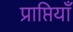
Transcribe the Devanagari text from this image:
प्राप्तियाँ